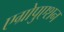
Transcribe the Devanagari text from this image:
एग्रोपुएशन